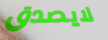
لايصدق